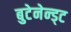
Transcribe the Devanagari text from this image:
बुटेनेन्ड्ट